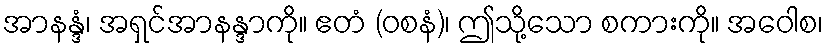
အာနန္ဒံ၊ အရှင်အာနန္ဒာကို။ ဧတံ (ဝစနံ)၊ ဤသို့သော စကားကို။ အဝေါစ၊